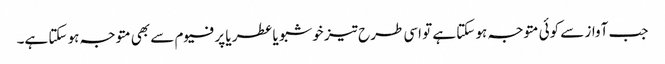
جب آواز سے کوئی متوجہ ہو سکتا ہے تو اسی طرح تیز خوشبو یا عطر یا پرفیوم سے بھی متوجہ ہو سکتا ہے۔